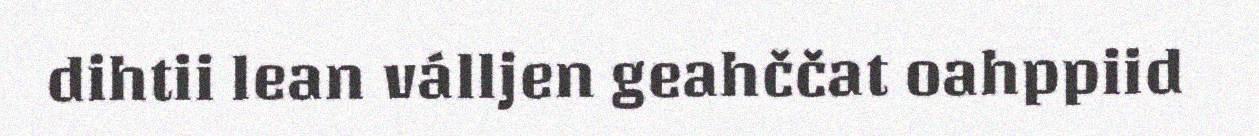
dihtii lean válljen geahččat oahppiid